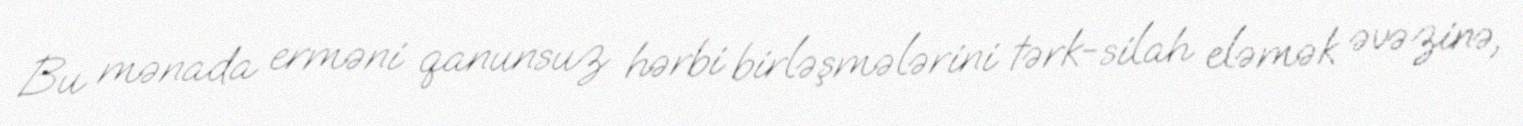
Bu mənada erməni qanunsuz hərbi birləşmələrini tərk-silah eləmək əvəzinə,